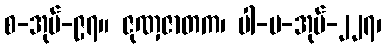
စ-အုပ်-၉၇။ ဇုဏှဇာတက၊ ပါ-ပ-အုပ်-၂၂၇၊